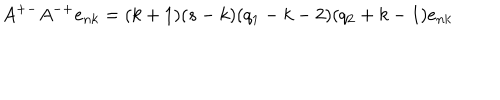
A ^ { + - } A ^ { - + } e _ { n k } = ( k + 1 ) ( s - k ) ( q _ { 1 } - k - 2 ) ( q _ { 2 } + k - 1 ) e _ { n k }